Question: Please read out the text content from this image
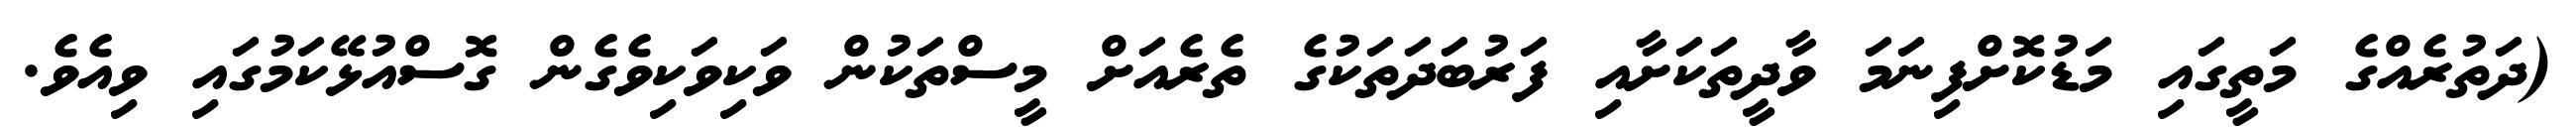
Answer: (ދަތުރެއްގެ މަތީގައި މަޑުކޮށްފިނަމަ ވާދީތަކަށާއި ފަރުބަދަތަކުގެ ތެރެއަށް މީސްތަކުން ވަކިވަކިވެގެން ގޮސްއުޅޭކަމުގައި ވިއެވެ.